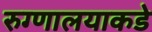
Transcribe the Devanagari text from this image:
रुग्णालयाकडे